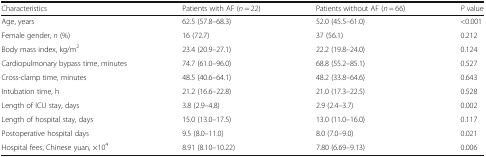
<table><thead><tr><td><b>Characteristics</b></td><td><b>Patients with AF (<i>n</i> = 22)</b></td><td><b>Patients without AF (<i>n</i> = 66)</b></td><td><b><i>P</i> value</b></td></tr></thead><tbody><tr><td>Age, years</td><td>62.5 (57.8–68.3)</td><td>52.0 (45.5–61.0)</td><td>&lt;0.001</td></tr><tr><td>Female gender, <i>n</i> (%)</td><td>16 (72.7)</td><td>37 (56.1)</td><td>0.212</td></tr><tr><td>Body mass index, kg/m<sup>2</sup></td><td>23.4 (20.9–27.1)</td><td>22.2 (19.8–24.0)</td><td>0.124</td></tr><tr><td>Cardiopulmonary bypass time, minutes</td><td>74.7 (61.0–96.0)</td><td>68.8 (55.2–85.1)</td><td>0.527</td></tr><tr><td>Cross-clamp time, minutes</td><td>48.5 (40.6–64.1)</td><td>48.2 (33.8–64.6)</td><td>0.643</td></tr><tr><td>Intubation time, h</td><td>21.2 (16.6–22.8)</td><td>21.0 (17.3–22.5)</td><td>0.528</td></tr><tr><td>Length of ICU stay, days</td><td>3.8 (2.9–4.8)</td><td>2.9 (2.4–3.7)</td><td>0.002</td></tr><tr><td>Length of hospital stay, days</td><td>15.0 (13.0–17.5)</td><td>13.0 (11.0–16.0)</td><td>0.117</td></tr><tr><td>Postoperative hospital days</td><td>9.5 (8.0–11.0)</td><td>8.0 (7.0–9.0)</td><td>0.021</td></tr><tr><td>Hospital fees, Chinese yuan, ×10<sup>4</sup></td><td>8.91 (8.10–10.22)</td><td>7.80 (6.69–9.13)</td><td>0.006</td></tr></tbody></table>